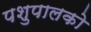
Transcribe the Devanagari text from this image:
पशुपालको